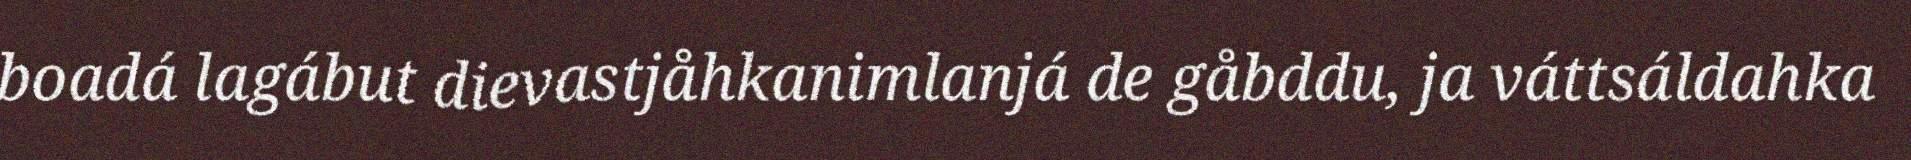
boadá lagábut dievastjåhkanimlanjá de gåbddu, ja váttsáldahka